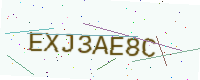
Text: EXJ3AE8C